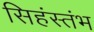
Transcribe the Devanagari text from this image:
सिहंस्तंभ